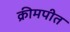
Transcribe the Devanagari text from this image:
क्रीमपीत